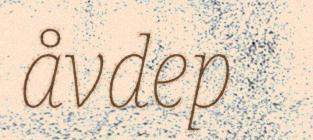
åvdep